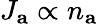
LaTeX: J_{\mathbf{a}}\propto n_{\mathbf{a}}